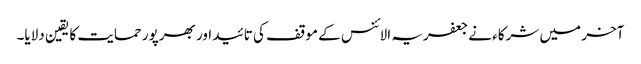
آخر میں شرکاء نے جعفریہ الائنس کے موقف کی تائید اور بھرپور حمایت کا یقین دلایا۔